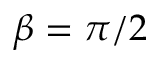
\beta = \pi / 2